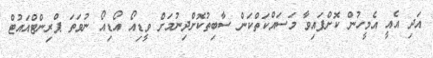
އަދި އެއީ އެމީހުން ކޮށްފައިވާ މަސައްކަތްކަން ސާބިތުކޮށްދިނުމަށް ވީޑިއޯ އޯޑިއޯ ނުވަތަ ޕްރިންޓްއައުޓް